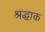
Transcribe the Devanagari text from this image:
श्रद्धाक